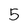
Character: 5